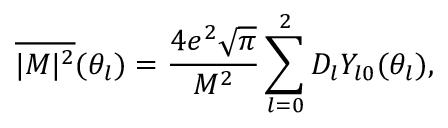
\overline { { { \vert M \vert ^ { 2 } } } } ( \theta _ { l } ) = { \frac { 4 e ^ { 2 } \sqrt { \pi } } { M ^ { 2 } } } \sum _ { l = 0 } ^ { 2 } D _ { l } Y _ { l 0 } ( \theta _ { l } ) ,